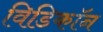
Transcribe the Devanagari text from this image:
विडिकॉन